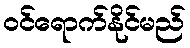
ဝင်ရောက်နိုင်မည်